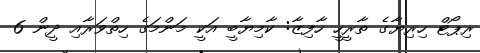
ރިޕޯޓް ހިރިޔާގެ ތާރީހީ ހާފިޒާ: ކާމިޔާބީ އަކީ މަންމަގެ ހިތްވަރާއި ދީން 6